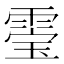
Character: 𮦚